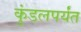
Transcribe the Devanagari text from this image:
कुंडलपर्यंत